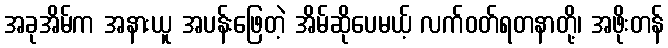
အခုအိမ်က အနားယူ အပန်းဖြေတဲ့ အိမ်ဆိုပေမယ့် လက်ဝတ်ရတနာတို့၊ အဖိုးတန်